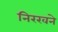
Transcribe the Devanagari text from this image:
निरखने